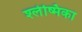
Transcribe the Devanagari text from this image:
श्‍लेष्मिका